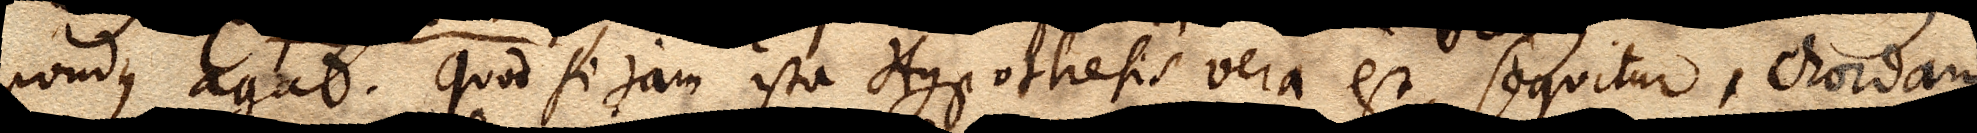
pondus agat. Quod si jam ista Hypothesis vera est, sequitur, chordam